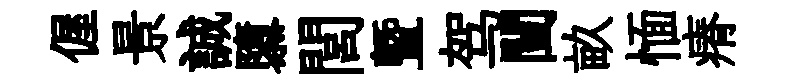
偓景誠隳閭曁驾闉畝愐瘠